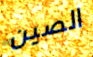
الصين